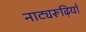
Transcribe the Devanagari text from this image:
नाट्यरूढ़ियाँ